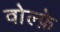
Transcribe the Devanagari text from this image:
वोल्फ़े